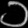
Digit: ၁